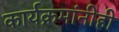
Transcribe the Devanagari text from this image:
कार्यक्रमांनीही